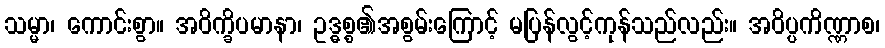
သမ္မာ၊ ကောင်းစွာ။ အဝိက္ခိပမာနာ၊ ဥဒ္ဓစ္စ၏အစွမ်းကြောင့် မပြန်လွင့်ကုန်သည်လည်း။ အဝိပ္ပကိဏ္ဏာစ၊